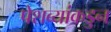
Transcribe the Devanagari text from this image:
पेशव्यांकडुन